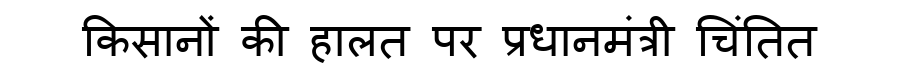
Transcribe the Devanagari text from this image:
किसानों की हालत पर प्रधानमंत्री चिंतित